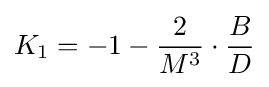
K_{1}=-1-{\frac {2}{M^{3}}}\cdot {\frac {B}{D}}